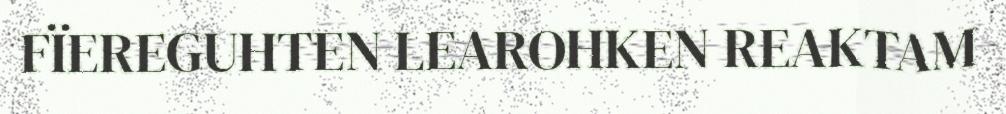
FÏEREGUHTEN LEAROHKEN REAKTAM